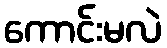
ကောင်းမလဲ